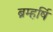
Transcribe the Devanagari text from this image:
ब्रम्हर्षि